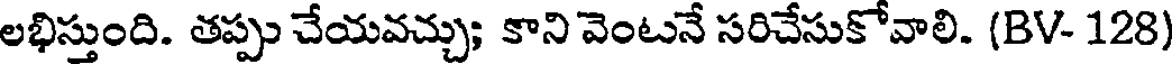
లభిస్తుంది. తప్పు చేయవచ్చు; కాని వెంటనే సరిచేసుకోవాలి. (BV- 128)